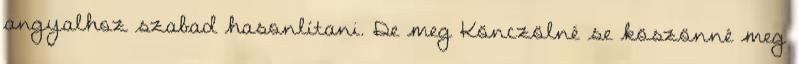
angyalhoz szabad hasonlítani. De meg Könczölné se köszönné meg